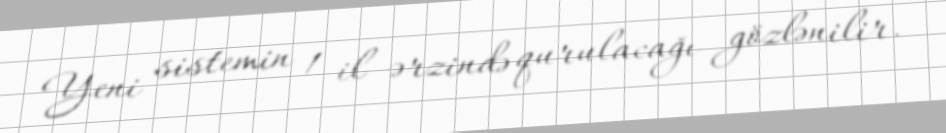
Yeni sistemin 1 il ərzində qurulacağı gözlənilir.